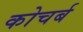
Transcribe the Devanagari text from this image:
कोचर्ब